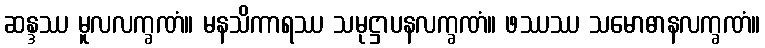
ဆန္ဒဿ မူလလက္ခဏံ။ မနသိကာရဿ သမုဋ္ဌာပနလက္ခဏံ။ ဖဿဿ သမောဓာနလက္ခဏံ။